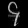
Digit: ၄